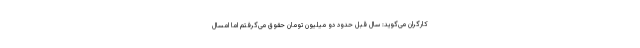
کارگران می‌گوید: سال قبل حدود دو میلیون تومان حقوق می‌گرفتم اما امسال